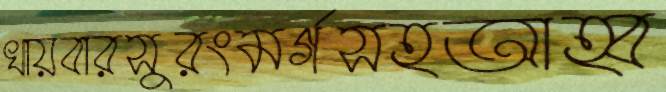
খায়বারসুরংমর্গসহআহ্ব